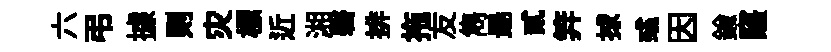
六弔據则灾標近湘磬排拖友雋朂貳笄捄彧因鍮窿